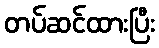
တပ်ဆင်ထားပြီး